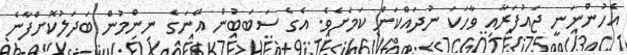
އެހުންނަނީ ޖައުފަރާއި ވާހަކަ ނުދައްކަން ކަމަށެވެ. އެގެ ސަބަބުން އޭނަގެ ނިންމުން ބަދަލުކޮށްފާނެ